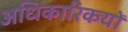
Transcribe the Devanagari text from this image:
अधिकारिकयों